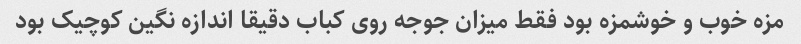
مزه خوب و خوشمزه بود فقط میزان جوجه روی کباب دقیقا اندازه نگین کوچیک بود